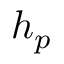
h _ { p }